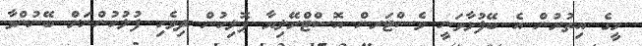
މީގެ އިތުރުން އެ ބޭފުޅާވަނީ ވެސްޓަރން އޮސްޓްރޭލިޔާ ޕޮލިހުން ދިވެހި ފުލުހުންނަށް ބޭނުންވާ